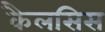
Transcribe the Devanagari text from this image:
कैलसिस